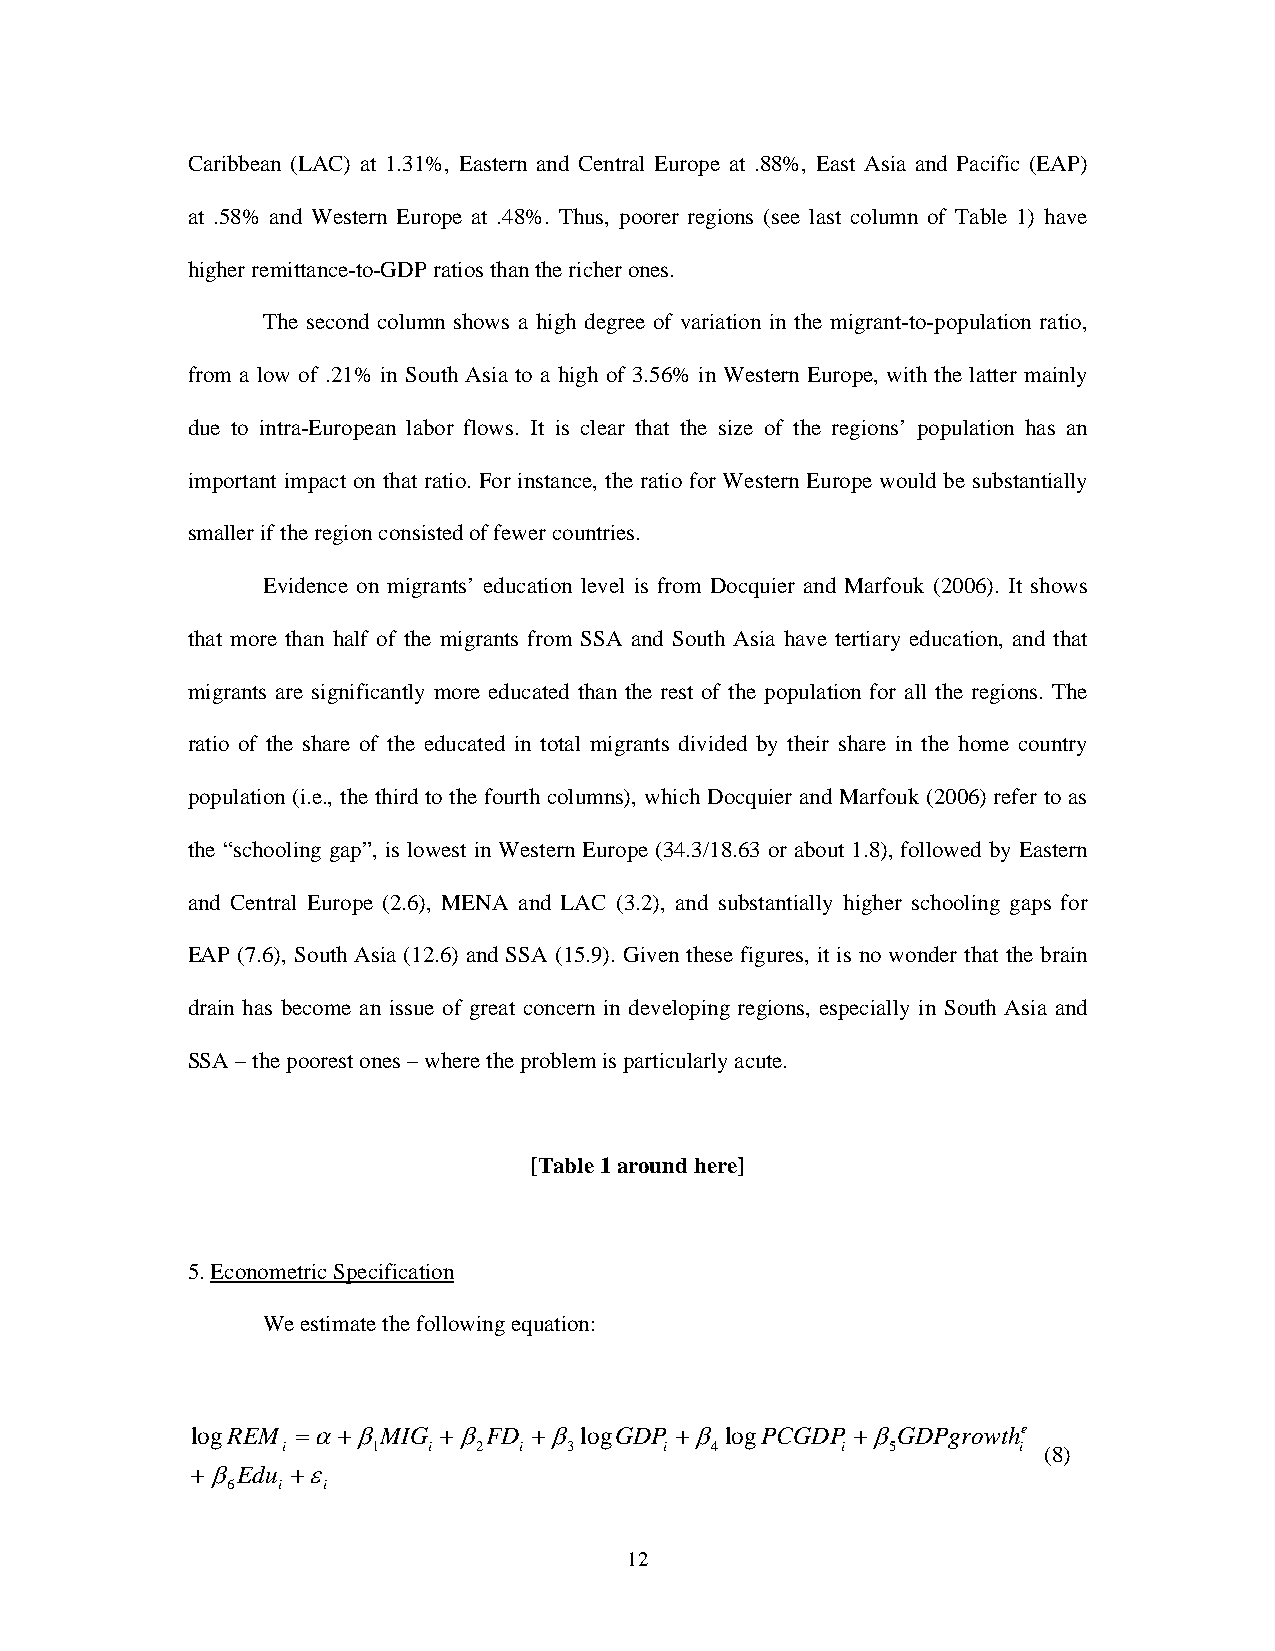
Caribbean (LAC) at 1.31%, Eastern and Central Europe at .88%, East Asia and Pacific (EAP)
 at .58% and Western Europe at .48%. Thus, poorer regions (see last column of Table 1) have
 higher remittance-to-GDP ratios than the richer ones.
 The second column shows a high degree of variation in the migrant-to-population ratio,
 from a low of .21% in South Asia to a high of 3.56% in Western Europe, with the latter mainly
 due to intra-European labor flows. It is clear that the size of the regions’ population has an
 important impact on that ratio. For instance, the ratio for Western Europe would be substantially
 smaller if the region consisted of fewer countries.
 Evidence on migrants’ education level is from Docquier and Marfouk (2006). It shows
 that more than half of the migrants from SSA and South Asia have tertiary education, and that
 migrants are significantly more educated than the rest of the population for all the regions. The
 ratio of the share of the educated in total migrants divided by their share in the home country
 population (i.e., the third to the fourth columns), which Docquier and Marfouk (2006) refer to as
 the “schooling gap”, is lowest in Western Europe (34.3/18.63 or about 1.8), followed by Eastern
 and Central Europe (2.6), MENA and LAC (3.2), and substantially higher schooling gaps for
 EAP (7.6), South Asia (12.6) and SSA (15.9). Given these figures, it is no wonder that the brain
 drain has become an issue of great concern in developing regions, especially in South Asia and
 SSA – the poorest ones – where the problem is particularly acute.
 [Table 1 around here]
 5. Econometric Specification
 We estimate the following equation:
 logREM =α+βMIG  +βFD  +β logGDP +β logPCGDP +βGDPgrowthe
 i     1  i   2 i   3     i  4        i  5       i (8)
 +βEdu +ε
 6  i  i
 12